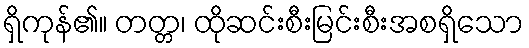
ရှိကုန်၏။ တတ္တ၊ ထိုဆင်းစီးမြင်းစီးအစရှိသော